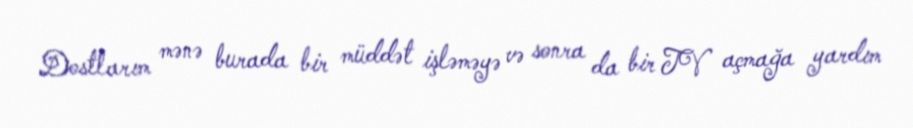
Dostlarım mənə burada bir müddət işləməyə və sonra da bir TV açmağa yardım